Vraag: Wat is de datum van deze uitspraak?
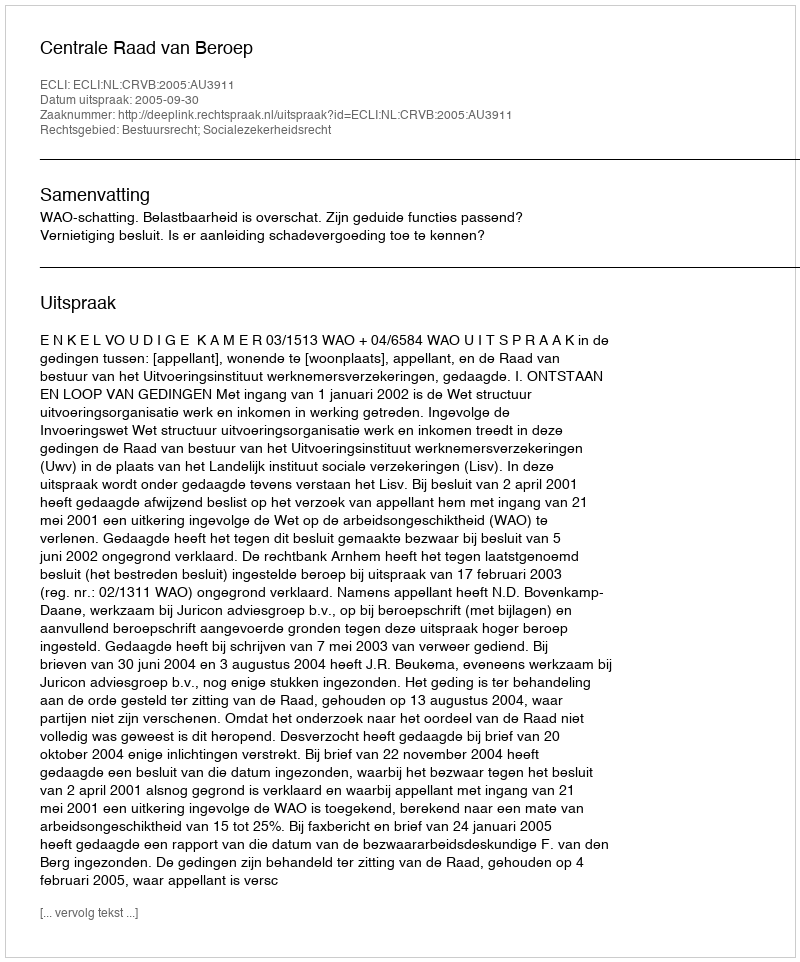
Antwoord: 2005-09-30